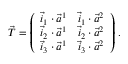
\vec { T } = \left( \begin{array} { l l } { \vec { i } _ { 1 } \cdot \vec { a } ^ { 1 } } & { \vec { i } _ { 1 } \cdot \vec { a } ^ { 2 } } \\ { \vec { i } _ { 2 } \cdot \vec { a } ^ { 1 } } & { \vec { i } _ { 2 } \cdot \vec { a } ^ { 2 } } \\ { \vec { i } _ { 3 } \cdot \vec { a } ^ { 1 } } & { \vec { i } _ { 3 } \cdot \vec { a } ^ { 2 } } \end{array} \right) \, .